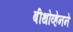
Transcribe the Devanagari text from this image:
बीथोव्हेनने